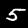
Digit: 5